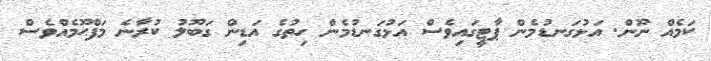
ކަމެއް ނޫން. އަޅުގަނޑުމެން ޕާޓީގައިވެސް އަޅުގަނޑުމެން ހިތުގެ އަޑިން ގަބޫލު ކުރާނެ މަފްޙޫމެއްވެސް